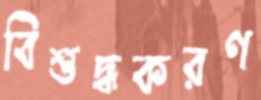
বিশুদ্ধকরণ